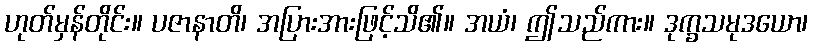
ဟုတ်မှန်တိုင်း။ ပဇာနာတိ၊ အပြားအားဖြင့်သိ၏။ အယံ၊ ဤသည်ကား။ ဒုက္ခသမုဒယော၊